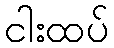
ငါးထပ်